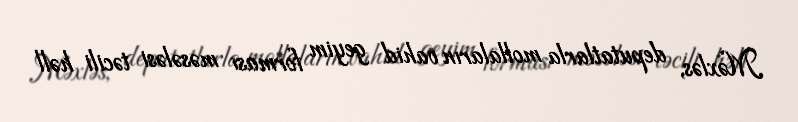
Məxləs, deputatlarla mollaların vahid geyim forması məsələsi təcili həll